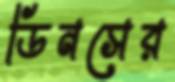
ডিনসের